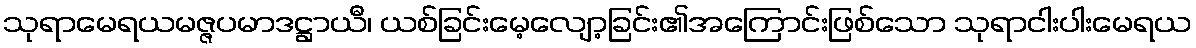
သုရာမေရယမဇ္ဇပမာဒဋ္ဌာယီ၊ ယစ်ခြင်းမေ့လျော့ခြင်း၏အကြောင်းဖြစ်သော သုရာငါးပါးမေရယ